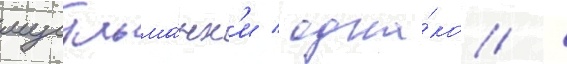
мусульма́нк'и / одна́ко /